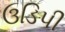
ઉડિપી